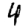
Digit: 4